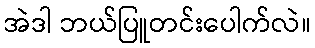
အဲဒါ ဘယ်ပြူတင်းပေါက်လဲ။